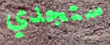
ستجدي